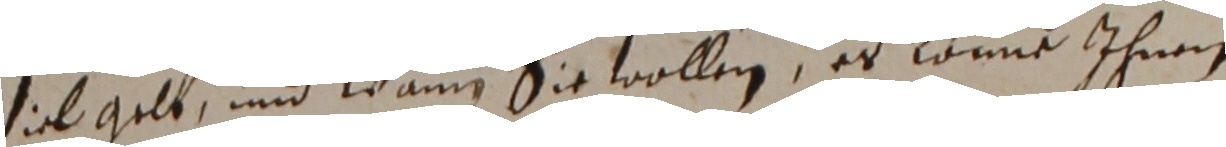
viel gelt und wann sie wollen, es könne ihnen